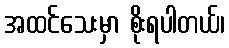
အထင်သေးမှာ စိုးရပါတယ်၊